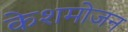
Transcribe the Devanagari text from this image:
केशमोजन